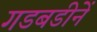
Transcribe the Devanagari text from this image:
गडबडीनें